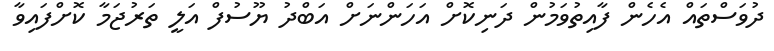
ދުވަސްތައް އެހެން ފާއިތުވަމުން ދަނިކޮށް އަހަންނަށް އަބްދު ޔޫސުފް އަލީ ތަރުޖަމާ ކޮށްފައިވާ